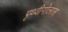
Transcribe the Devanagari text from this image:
पृथ्वीगोलास